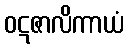
ဝဋဇာလိကာယံ